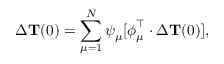
\Delta { { \bf T } } ( 0 ) = \sum _ { \mu = 1 } ^ { N } \boldsymbol { \psi } _ { \mu } [ \boldsymbol { \phi } _ { \mu } ^ { \intercal } \cdot \Delta { { \bf T } } ( 0 ) ] ,